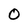
Character: 0